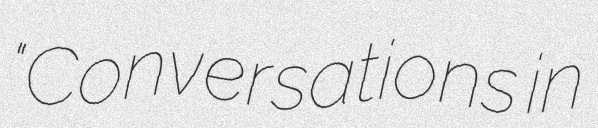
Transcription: "Conversations in